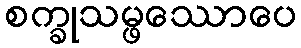
စက္ခုသမ္ဖဿောပေ